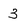
Character: 3